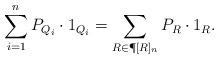
LaTeX: \begin{align*} \sum\limits_{i=1}^n P_{Q_i}\cdot 1_{Q_i}= \sum\limits_{R\in\P[R]_n}P_R\cdot 1_R.\end{align*}